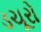
ડચૂરો